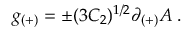
g _ { ( + ) } = \pm ( 3 C _ { 2 } ) ^ { 1 / 2 } \partial _ { ( + ) } A \; .